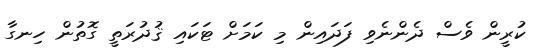
ކުރީން ވެސް ދެންނެވި ފަދައިން މި ކަމަށް ޓަކައި ޤުދުރަތީ ގޮތުން ހިނގާ